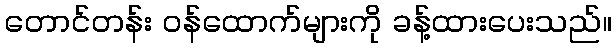
တောင်တန်း ဝန်ထောက်များကို ခန့်ထားပေးသည်။